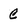
Character: C